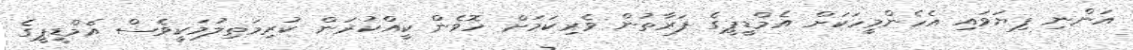
އަންނި ފިޔަވައި އެހެންމީހަކަށް އެމްޑީޕީގެ ފަރާތުން ވެރިކަމަށް ހޮވެން ކީއްކުރަން ކުރިމަތިލުމަކީވެސް އެމްޑީޕީގެ